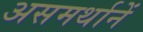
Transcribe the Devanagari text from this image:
असमर्थानें